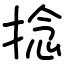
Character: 捻